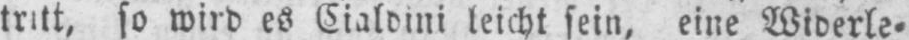
so wird es Cialdini leicht sein, eine Widerle⸗